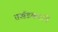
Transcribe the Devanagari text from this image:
तर्खडकरांचे